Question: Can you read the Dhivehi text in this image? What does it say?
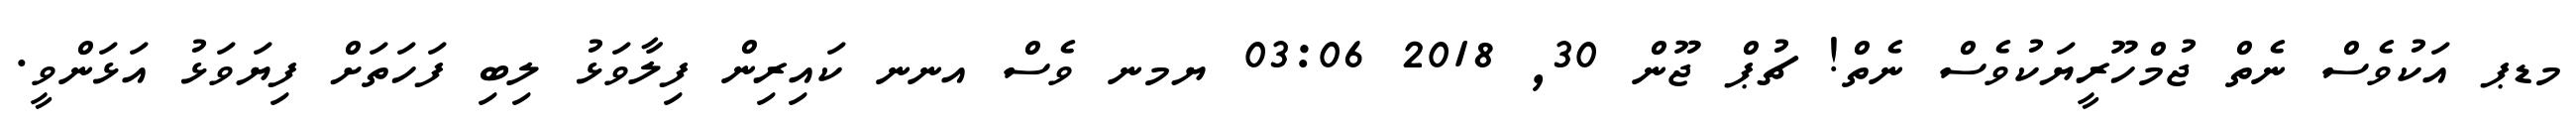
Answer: މޑޕ އަކުވެސް ނެތް ޖުމްހޫރީޔަކުވެސް ނެތް! ޗުޕް ޖޫން 30, 2018 03:06 ޔމނ ވެސް އނނ ކައިރިން ފިލާވަޅު ލިބި ފަހަތަށް ފިޔަވަޅު އަޅަންވީ.